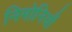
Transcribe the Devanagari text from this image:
निमोनियाँ